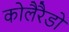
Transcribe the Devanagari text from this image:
कोलैरैडो